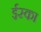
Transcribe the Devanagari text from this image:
ईस्का